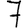
Digit: 7